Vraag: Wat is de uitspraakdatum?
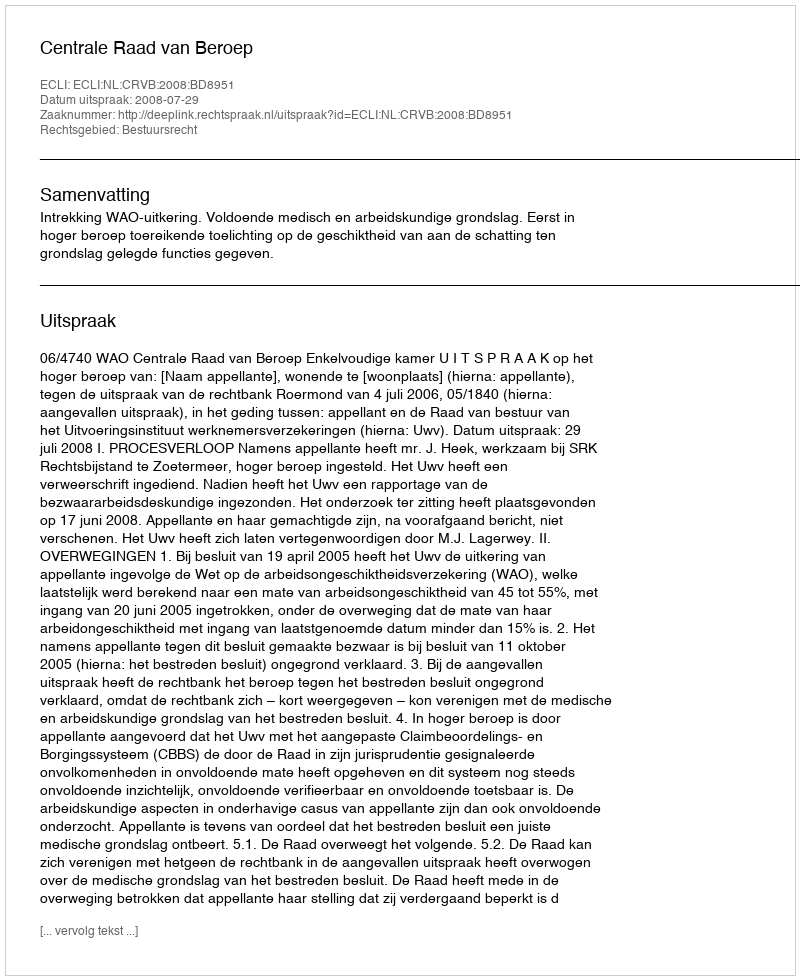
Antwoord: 2008-07-29